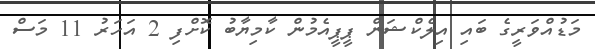
މަޑުއްވަރީގެ ބައި އިލެކްޝަން ޕީޕީއެމުން ކާމިޔާބު ކޮށްފި 2 އަހަރު 11 މަސް